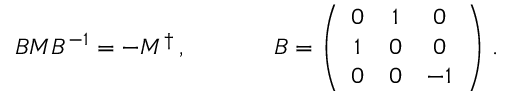
\begin{array} { c c } { { B M B ^ { - 1 } = - M ^ { \dagger } \, , ~ ~ ~ ~ } } & { { ~ ~ ~ ~ B = \left( \begin{array} { c c c } { { 0 } } & { { 1 } } & { { 0 } } \\ { { 1 } } & { { 0 } } & { { 0 } } \\ { { 0 } } & { { 0 } } & { { - 1 } } \end{array} \right) \, . } } \end{array}